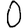
Digit: 0